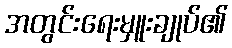
အတွင်းရေးမှူးချုပ်၏